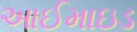
આઈમાઇડ